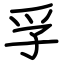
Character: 孚